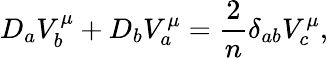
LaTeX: D_{a}V_{b}^{\mu}+D_{b}V_{a}^{\mu}={\frac{2}{n}}\delta_{ab}V_{c}^{\mu},